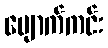
ပျောက်ကင်း